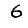
Digit: 6